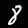
Label: 8